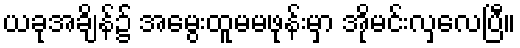
ယခုအချိန်၌ အမွေးထူမမဖုန်းမှာ အိုမင်းလှလေပြီ။